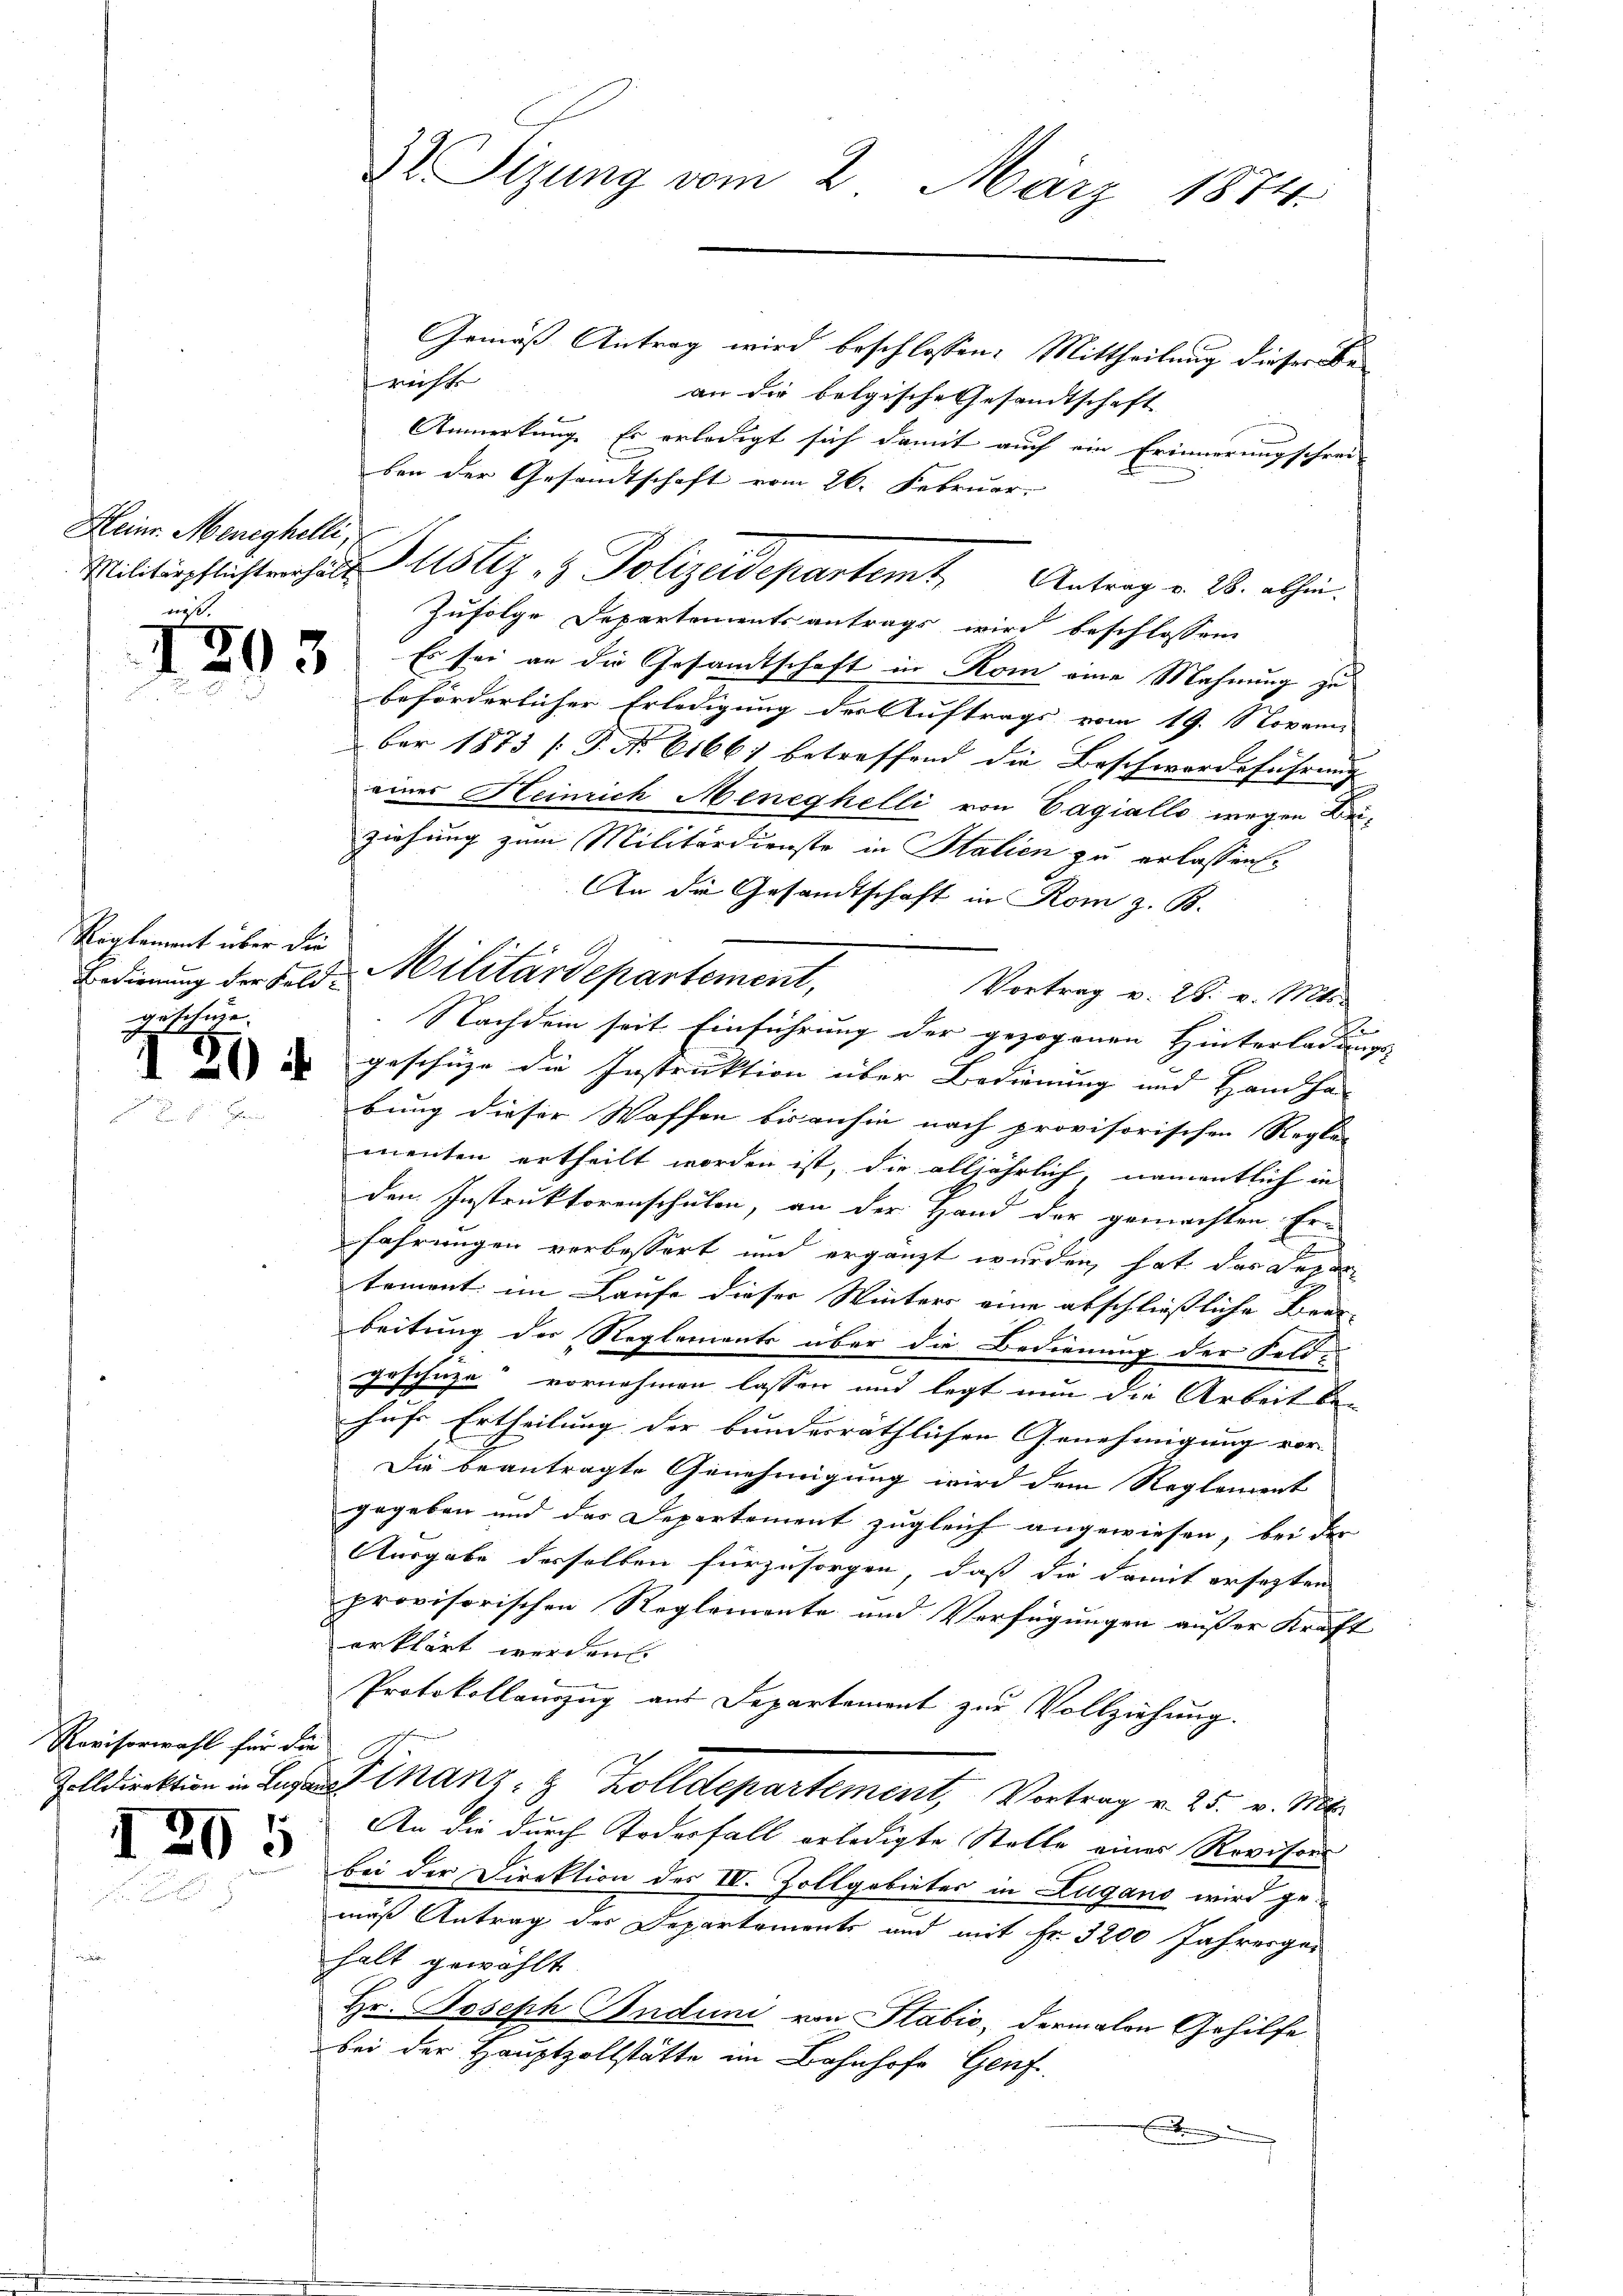
Hleiner Meneghelli,
us

1293

Reglement über die
geschie

Revisorwahl für die |

65

Gemäß Antrag wird beschlossen: Mittheilung dieser Be-
richt
an die belgische Gesandtschaft
Anmerkung. Er erledigt sich damit auch ein Erinnerung schrei-
ben der Gesandtschaft vom 26. Februar.
Zufolge Departementsantrags wird beschlossen
Es sei an die Gesandtschaft in Rom eine Mahnung zu
beförderlicher Erledigung der Auftrags vom 19. November 1873 (T. No 6166) betreffend die Beschwerdeführung |
eines Heinrich Meneghelli von Gagialls wegen Beiziehung zum Militärdienste in Stalien zu erlassen.
An die Gesandtschaft in Rom z. B.
Vortrag v. 28. v. Mts.
Nachdem seit Einführung der gezogenen Hinterladungs-
 geschähe die Instruktion über Bedienung und Handha
bung dieser Waffen bisanhin nach provisorischen Regler
menten ertheilt worden ist, die alljährlich, namentlich in
den Instruktorenschulen, an der Hand der gemachten Erfahrungen verbessert und ergänzt wurden, hat das Depar
tement im Laufe dieser Winters eine abschließliche Beur-
beitung der Reglements über die Bedienung der Feld¬
Geschäze“ vornehmen lassen und legt nun die Arbeit be-
hufe Ertheilung der bundesräthlichen Genehmigung vor- |
Die beantragte Genehmigung wird dem Reglement
gegeben und das Depertement zugleich angewiesen, bei der
Ausgabe derselben fürzusorgen, daß die damit ersetzten
provisorischen Reglemente und Verfügungen außer Kraft
erklärt werden.
Protokollauszug aus Departement zur Vollziehung.
Zolldirektion in der Finanz- & Zolldepartement, Vortrag v. 25. v. Mts.
An die durch Todesfall erledigte Stelle einer Revisoi
bei der Direktion des III. Zollgobietes in Lugano wird gemäß Antrag des Departements und mit Fr. 3200 Jahresge-
halt gewählt.
Hr. Joseph Induni von Stabić, dermalen Gehilfe
bei der Hauptzollstätte im Bahnhofe Genf.
.

D Sizung vom 2. März 1874.

Bedienung der Feld-Militärdepartement,

Militärpflichterhalt S. 15 tiz & Polizeidepartem Antrag v. 28. abhin